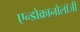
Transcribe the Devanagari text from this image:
एन्डोक्रानोलॉजी